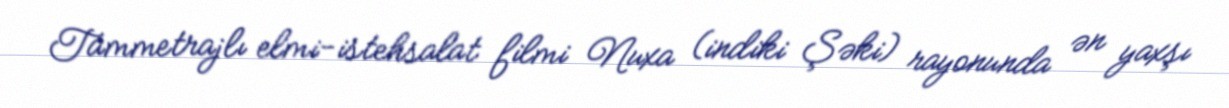
Tammetrajlı elmi-istehsalat filmi Nuxa (indiki Şəki) rayonunda ən yaxşı